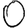
Digit: 0